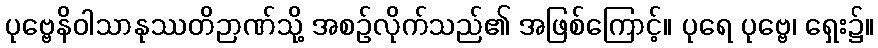
ပုဗ္ဗေနိဝါသာနုဿတိဉာဏ်သို့ အစဉ်လိုက်သည်၏ အဖြစ်ကြောင့်။ ပုရေ ပုဗ္ဗေ၊ ရှေး၌။